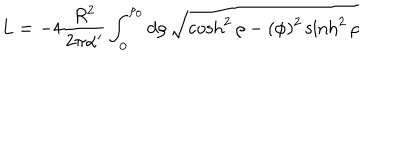
L = - 4 { \frac { R ^ { 2 } } { 2 \pi \alpha ^ { \prime } } } \int _ { 0 } ^ { \rho _ { 0 } } d \rho \, \sqrt { \cosh ^ { 2 } \rho - ( \dot { \phi } ) ^ { 2 } \sinh ^ { 2 } \rho }